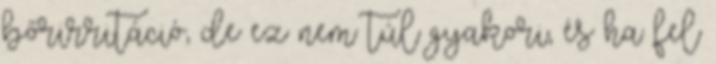
bőrirritáció, de ez nem túl gyakori, és ha fel